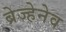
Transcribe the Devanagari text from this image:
ब्रेज्हेनेव